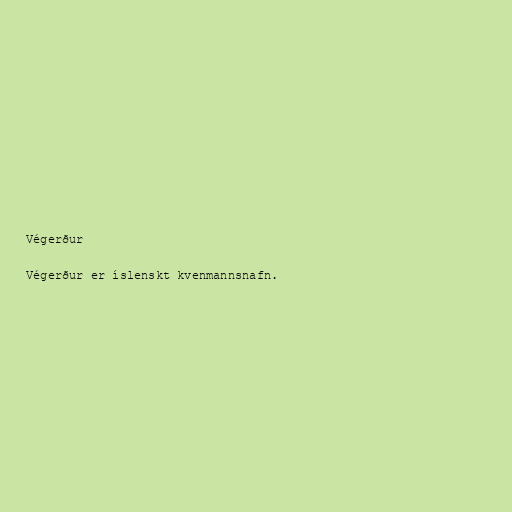
Végerður

Végerður er íslenskt kvenmannsnafn.